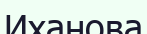
Иханова